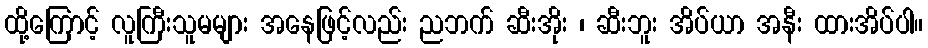
ထို့ကြောင့် လူကြီးသူမများ အနေဖြင့်လည်း ညဘက် ဆီးအိုး ၊ ဆီးဘူး အိပ်ယာ အနီး ထားအိပ်ပါ။